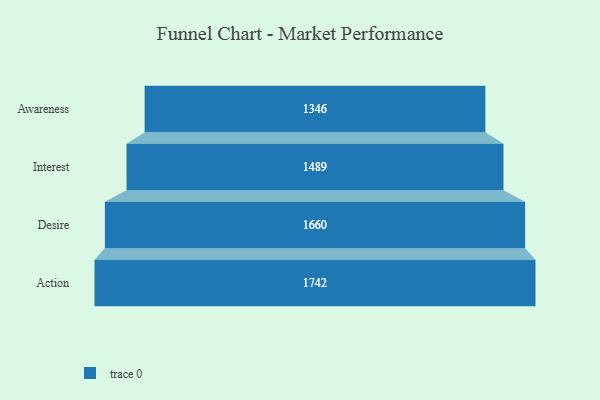
{"axis": {"x": "Stage", "y": "Value"}, "legend": [""], "data": [{"x": "Awareness", "y": 1346.0, "type": ""}, {"x": "Interest", "y": 1489.0, "type": ""}, {"x": "Desire", "y": 1660.0, "type": ""}, {"x": "Action", "y": 1742.0, "type": ""}]}